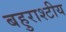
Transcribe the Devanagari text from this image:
बहुराश्टीय